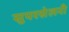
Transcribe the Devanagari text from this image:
सुपरसेलनी